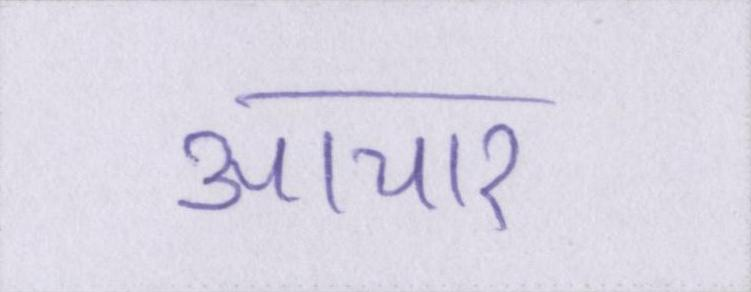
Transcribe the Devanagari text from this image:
आचार